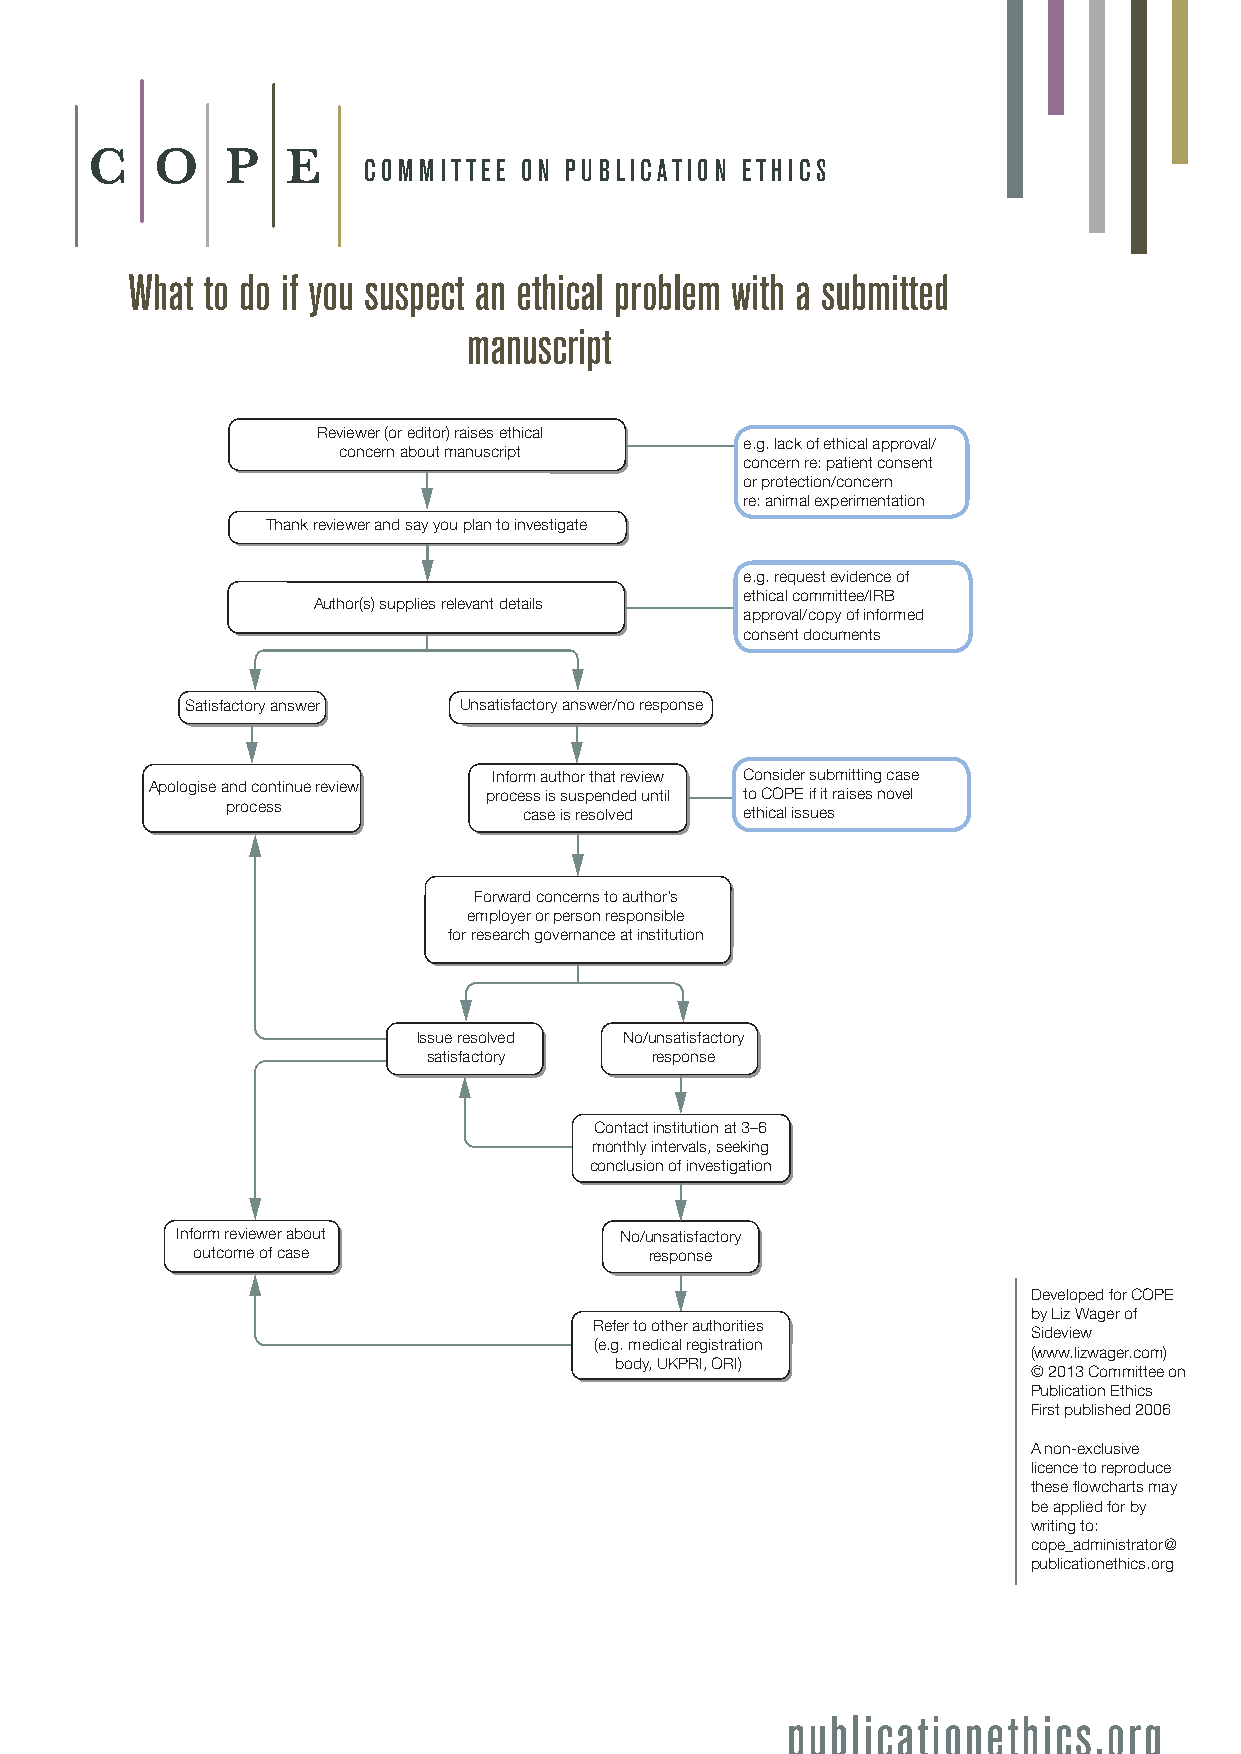
C   O    PE
 COMMI TTEE ON PUBLIC ATION ETHICS
 What to do if you suspect an ethical problem with a submitted
 manuscript
 Reviewer (or editor) raises ethical
 e.g. lack of ethical approval/
 concern about manuscript
 concern re: patient consent
 or protection/concern
 re: animal experimentation
 Thank reviewer and say you plan to investigate
 e.g. request evidence of
 ethical committee/IRB
 Author(s) supplies relevant details
 approval/copy of informed
 consent documents
 Satisfactory answer Unsatisfactory answer/no response
 Inform author that review Consider submitting case
 Apologise and continue review
 process is suspended until to COPE if it raises novel
 process
 case is resolved ethical issues
 Forward concerns to author’s
 employer or person responsible
 for research governance at institution
 Issue resolved No/unsatisfactory
 satisfactory   response
 Contact institution at 3–6
 monthly intervals, seeking
 conclusion of investigation
 Inform reviewer about        No/unsatisfactory
 outcome of case               response
 Developed for COPE
 by Liz Wager of
 Refer to other authorities
 Sideview
 (e.g. medical registration
 (www.lizwager.com)
 body, UKPRI, ORI)
 © 2013 Committee on
 Publication Ethics
 First published 2006
 A non-exclusive
 licence to reproduce
 these flowcharts may
 be applied for by
 writing to:
 cope_administrator@
 publicationethics.org
 publicationethics.org